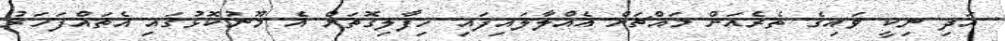
އަދި ނިކީ ވައިގެ ތެރެއަށް މައްޗަށް އެއްލާލައިފައި ހިފާލިގޮތަށް އެ މޫނުކޮޅުގައި އެތައްފަހަރު